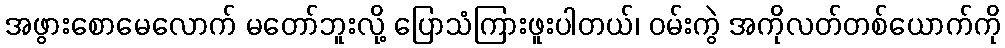
အဖွားစောမေလောက် မတော်ဘူးလို့ ပြောသံကြားဖူးပါတယ်၊ ဝမ်းကွဲ အကိုလတ်တစ်ယောက်ကို